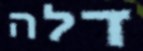
דלה